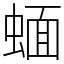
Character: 蝒